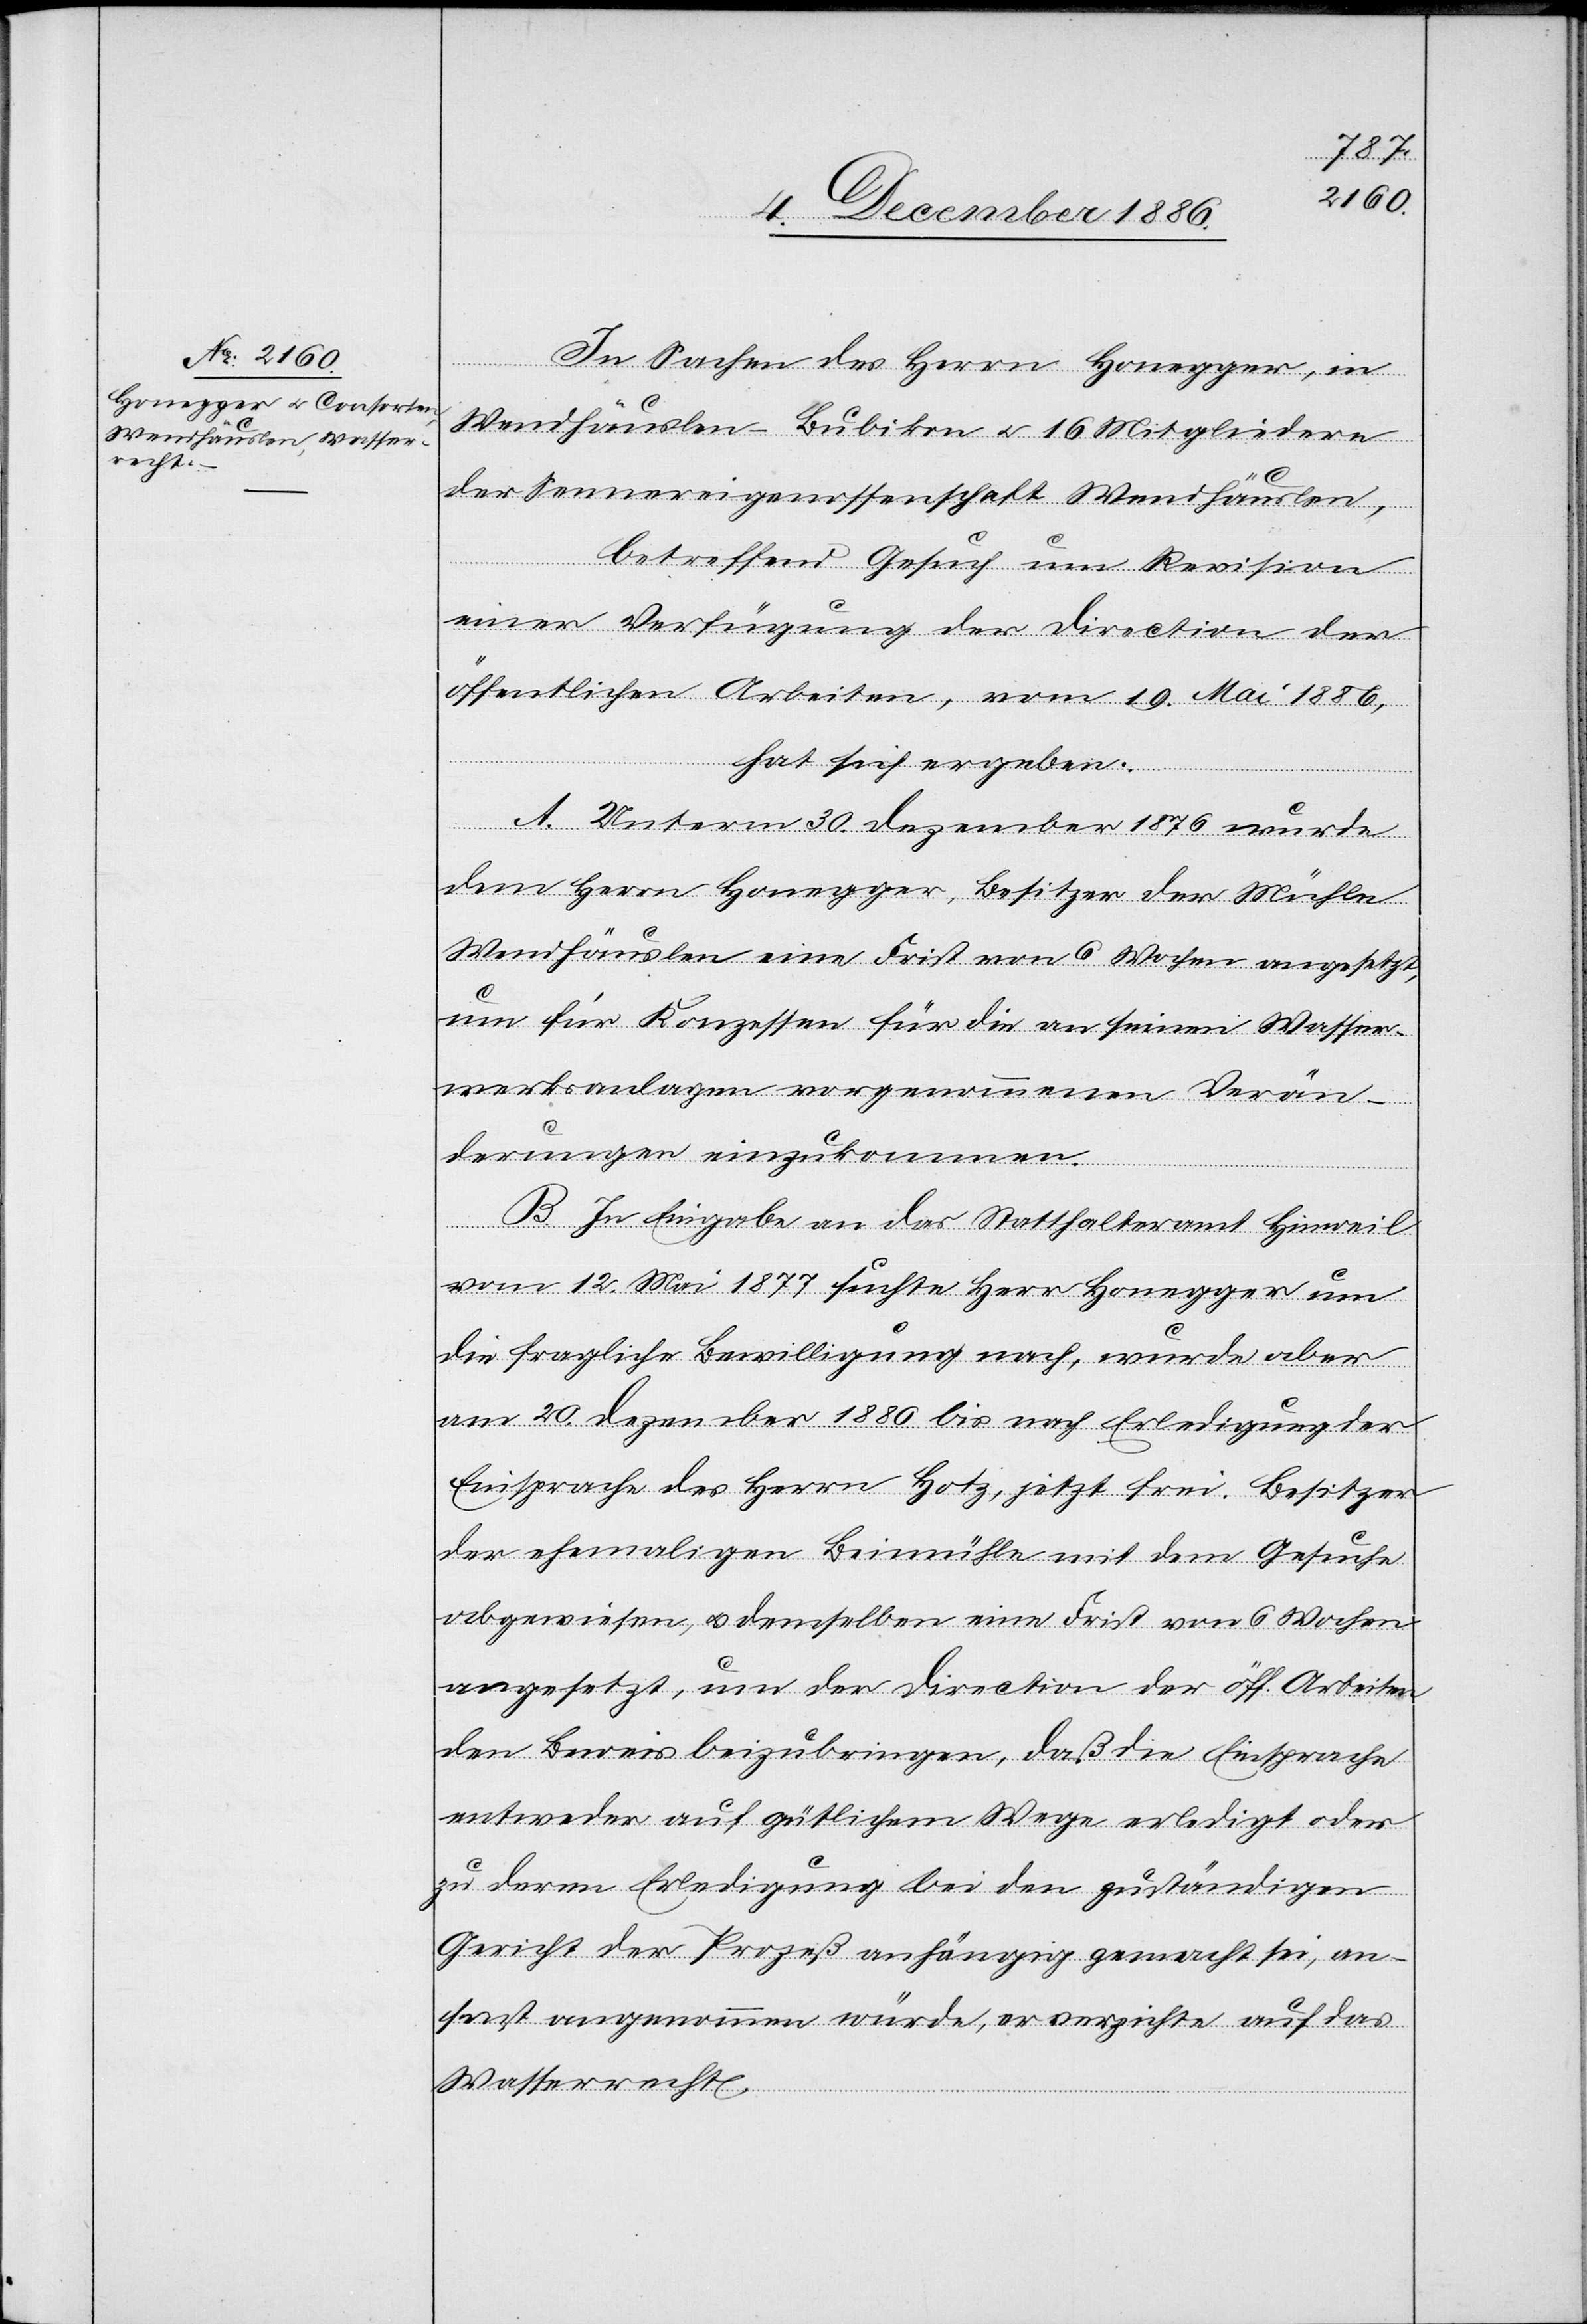
In Sachen des Herrn Honegger, in
Wendhäuslen - Bubikon & 16 Mitgliedern
der Sennereigenossenschaft Wendhäuslen,
betreffend Gesuch um Revision
einer Verfügung der Direction der
öffentlichen Arbeiten, vom 19. Mai 1886,
hat sich ergeben:
A. Unterm 30. Dezember 1876 wurde
dem Herrn Honegger, Besitzer der Mühle
Wendhäuslen eine Frist von 6 Wochen angesetzt,
um für Konzessen [sic!] für die an seinen Wasser¬
werksanlagen vorgenommenen Verän¬
derungen einzukommen.
B. In Eingabe an das Statthalteramt Hinweil
vom 12. Mai 1877 suchte Herr Honegger um
die fragliche Bewilligung nach, wurde aber
am 20. Dezember 1880 bis nach Erledigung der
Einsprache des Herrn Hotz, jetzt Frei, Besitzer
der ehemaligen Beimühle mit dem Gesuche
abgewiesen, & demselben eine Frist von 6 Wochen
angesetzt, um der Direction der öff. Arbeiten
den Beweis beizubringen, daß die Einsprache
entweder auf gütlichem Wege erledigt oder
zu deren Erledigung bei den [sic!] zuständigen
Gericht der Prozeß anhängig gemacht sei, an¬
sonst angenommen würde, er verzichte auf das
Wasserrecht.